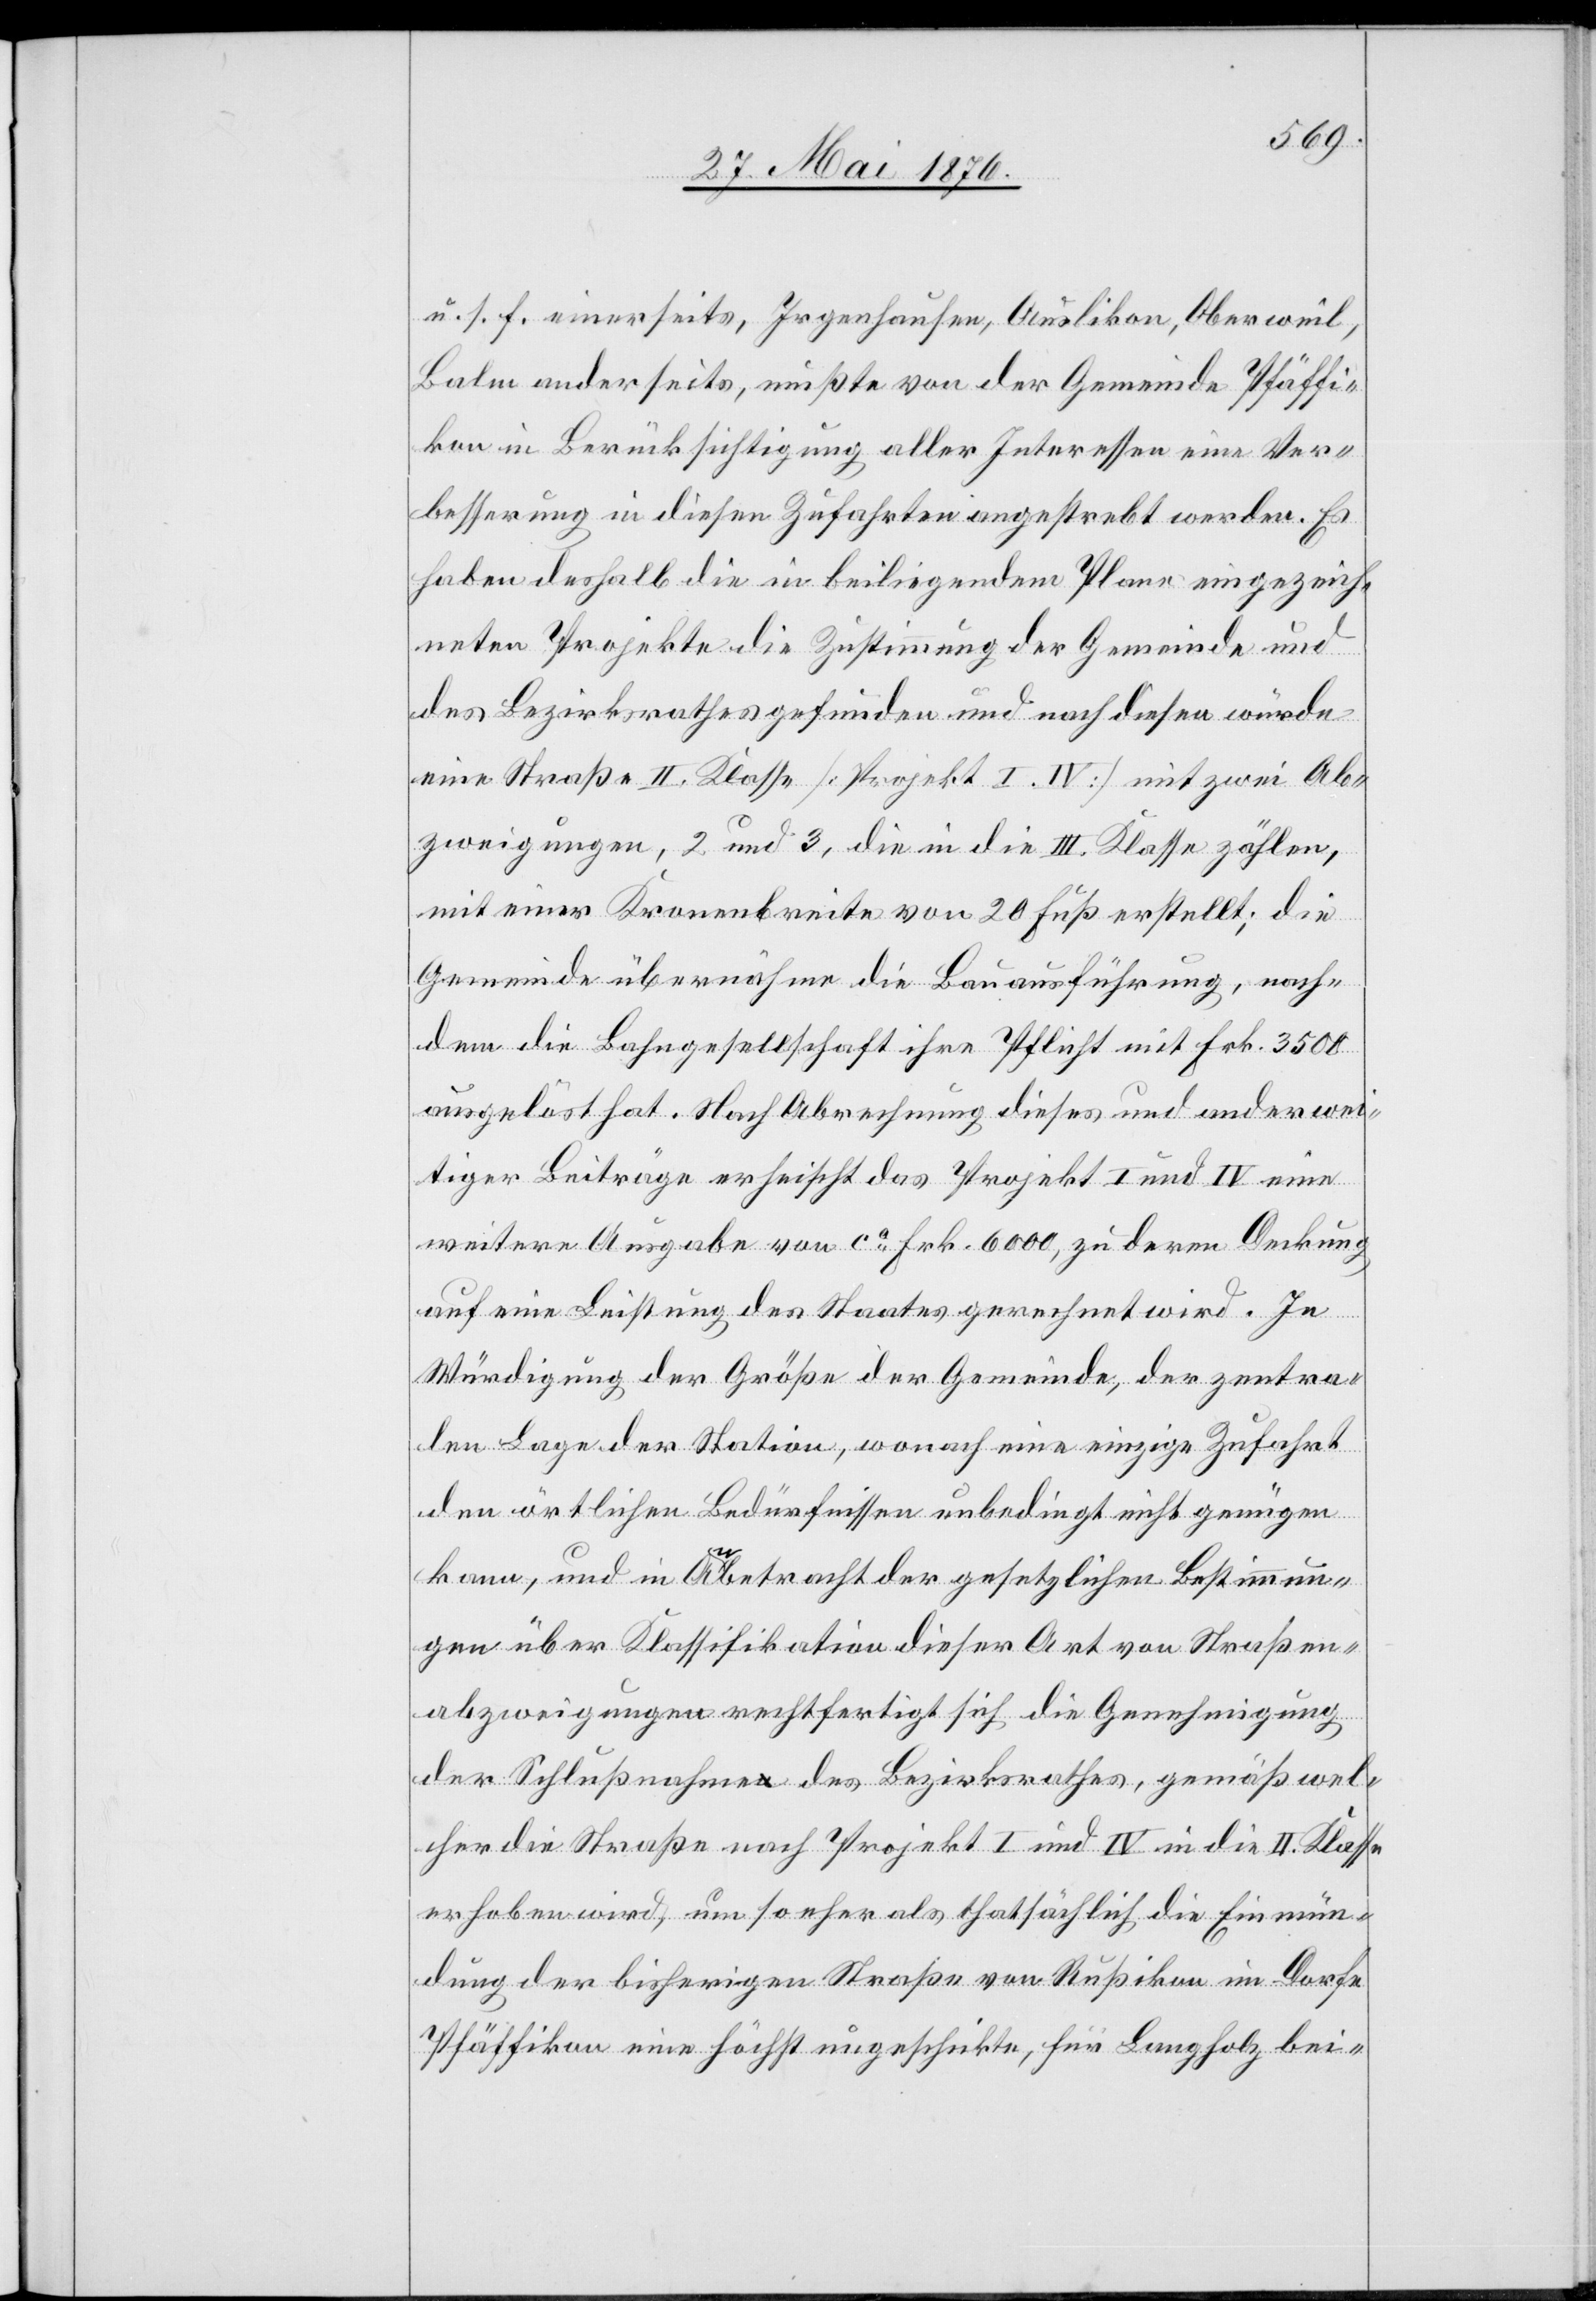
u. s. f. einerseits, Irgenhausen, Auslikon, Oberweil,
Balm anderseits, mußte von der Gemeinde Pfäffi¬
kon in Berücksichtigung aller Interessen eine Ver¬
besserung in diesen Zufahrten angestrebt werden. Es
haben deshalb die in beiliegendem Plane eingezeich¬
neten Projekte die Zustimmung der Gemeinde und
des Bezirksrathes gefunden und nach diesen würde
eine Straße II. Klasse [Projekt I.IV] mit zwei Ab¬
zweigungen, 2 und 3, die in die II. Klasse zählen,
mit einer Kronenbreite von 20 Fuß erstellt; die
Gemeinde übernähme die Bauausführung, nach¬
dem die Bahngesellschaft ihre Pflicht mit Frk. 3500
ausgelöst hat. Nach Abrechnung dieses und anderwei¬
tiger Beiträge erheischt das Projekt I und IV eine
weitere Ausgabe von ca Frk. 6000, zu deren Deckung
auf eine Leistung des Staates gerechnet wird. In
Würdigung der Größe der Gemeinde, der zentra¬
len Lage der Station, wonach eine einzige Zufahrt
den örtlichen Bedürfnissen unbedingt nicht genügen
kann, und in Anbetracht der gesetzlichen Bestimmun¬
gen über Klassifikation dieser Art von Straßen¬
abzweigungen rechtfertigt sich die Genehmigung
der Schlußnahme des Bezirksrathes, gemäß wel¬
cher die Straße nach Projekt I und IV in die II. Klasse
erhoben wird, um so eher als thatsächlich die Einmün¬
dung der bisherigen Straße von Rußikon im Dorfe
Pfäffikon eine höchst ungeschickte, für Langholz bei-